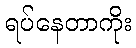
ရပ်နေတာကိုး